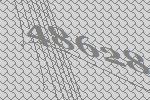
48628